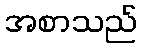
အစာသည်